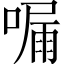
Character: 𠼇